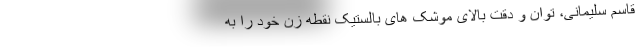
قاسم سلیمانی، توان و دقت بالای موشک های بالستیک نقطه زن خود را به